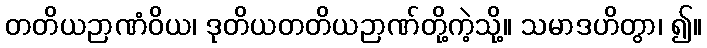
တတိယဉာဏံဝိယ၊ ဒုတိယတတိယဉာဏ်တို့ကဲ့သို့။ သမာဒဟိတွာ၊ ၍။